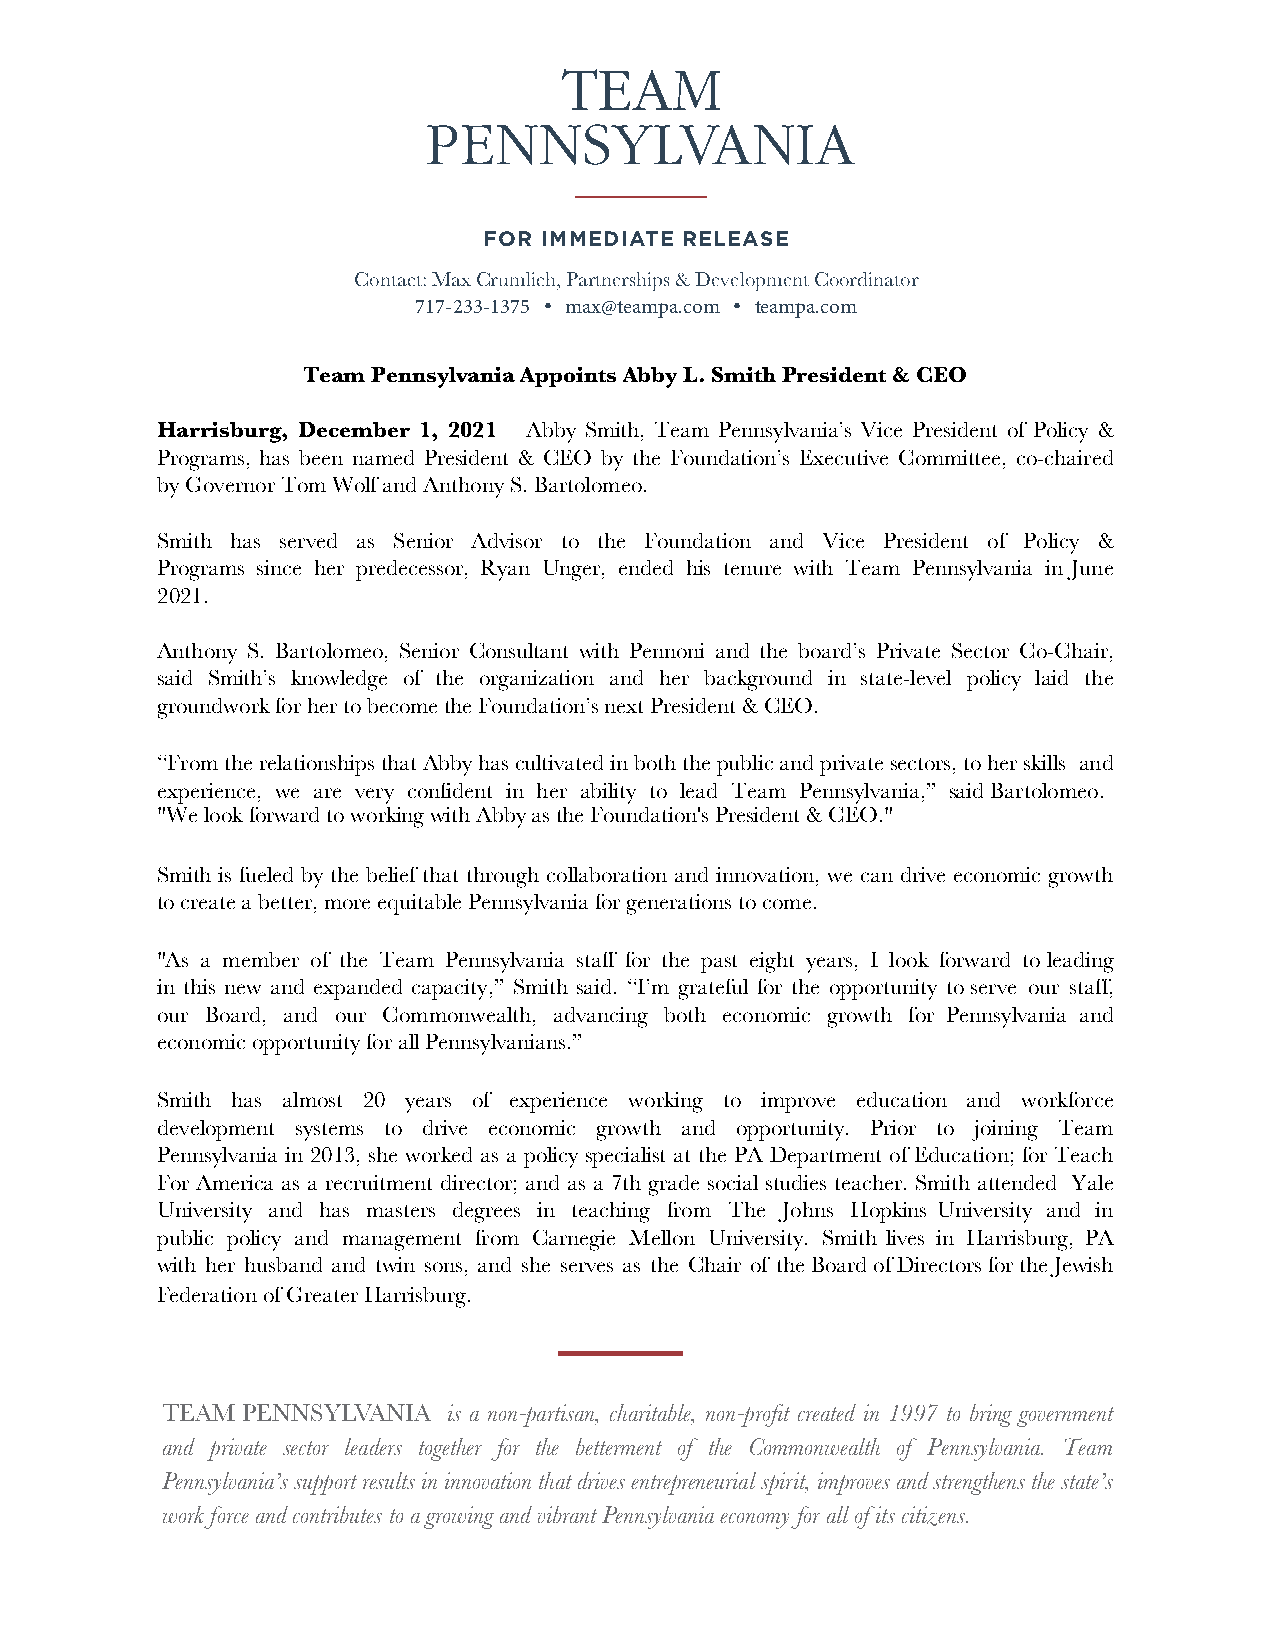
BASKERVILLE
 Forging connections. Forging ahead. Working. Together.
 Forging connections. Forging ahead. Working. Together.
 FOR IMMEDIATE RELEASE
 Contact: Max Crumlich, Partnerships & Development Coordinator
 717-233-1375 • max@teampa.com • teampa.com
 Team Pennsylvania Appoints Abby L. Smith President & CEO
 Harrisburg, December 1, 2021 – Abby Smith, Team Pennsylvania’s Vice President of Policy &
 Programs, has been named President & CEO by the Foundation’s Executive Committee, co-chaired
 by Governor Tom Wolf and Anthony S. Bartolomeo.
 Smith has served as Senior Advisor to the Foundation and Vice President of Policy &
 Programs since her predecessor, Ryan Unger, ended his tenure with Team Pennsylvania in June
 2021.
 Anthony S. Bartolomeo, Senior Consultant with Pennoni and the board’s Private Sector Co-Chair,
 said Smith’s knowledge of the organization and her background in state-level policy laid the
 groundwork for her to become the Foundation’s next President & CEO.
 “From the relationships that Abby has cultivated in both the public and private sectors, to her skills and
 experience, we are very confident in her ability to lead Team Pennsylvania,” said Bartolomeo.
 "We look forward to working with Abby as the Foundation's President & CEO."
 Smith is fueled by the belief that through collaboration and innovation, we can drive economic growth
 to create a better, more equitable Pennsylvania for generations to come.
 "As a member of the Team Pennsylvania staff for the past eight years, I look forward to leading
 in this new and expanded capacity,” Smith said. “I’m grateful for the opportunity to serve our staff,
 our Board, and our Commonwealth, advancing both economic growth for Pennsylvania and
 economic opportunity for all Pennsylvanians.”
 Smith has almost 20 years of experience working to improve education and workforce
 development systems to drive economic growth and opportunity. Prior to joining Team
 Pennsylvania in 2013, she worked as a policy specialist at the PA Department of Education; for Teach
 For America as a recruitment director; and as a 7th grade social studies teacher. Smith attended Yale
 University and has masters degrees in teaching from The Johns Hopkins University and in
 public policy and management from Carnegie Mellon University. Smith lives in Harrisburg, PA
 with her husband and twin sons, and she serves as the Chair of the Board of Directors for the Jewish
 Federation of Greater Harrisburg.
 TEAM PENNSYLVANIA  is a non-partisan, charitable, non-profit created in 1997 to bring government
 and private sector leaders together for the betterment of the Commonwealth of Pennsylvania. Team
 Pennsylvania’s support results in innovation that drives entrepreneurial spirit, improves and strengthens the state’s
 work force and contributes to a growing and vibrant Pennsylvania economy for all of its citizens.